画像に写った文字を読んでください
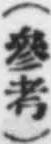
「(參考)」と書いてあります